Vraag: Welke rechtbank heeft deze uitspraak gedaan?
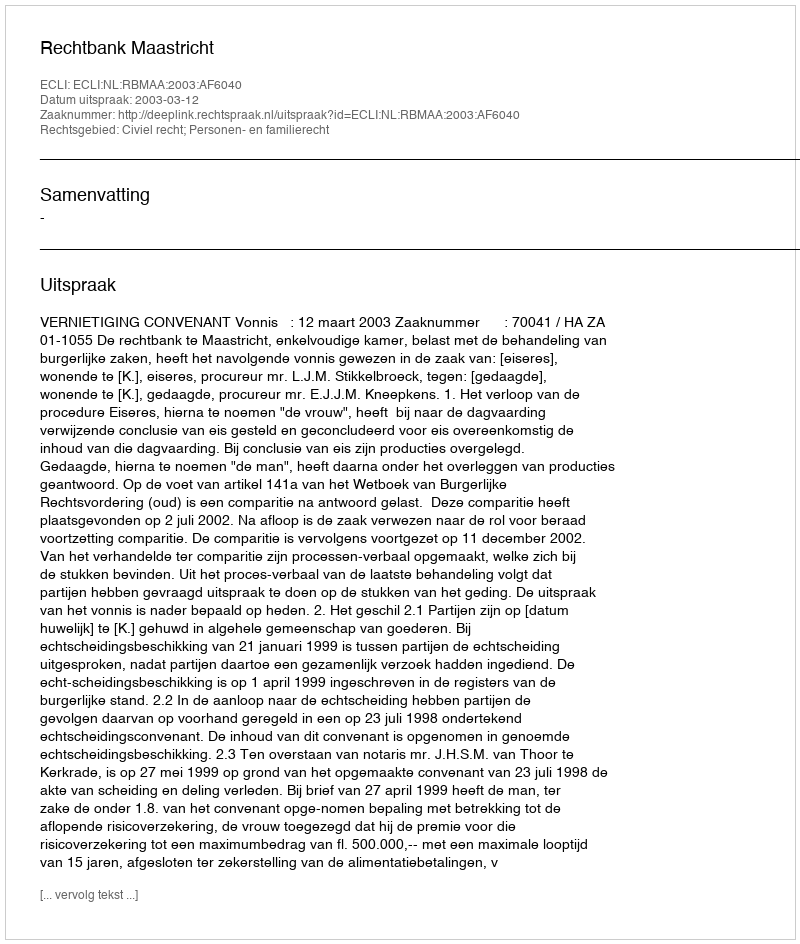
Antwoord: Rechtbank Maastricht